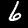
Label: 6